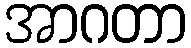
အာဂတာ